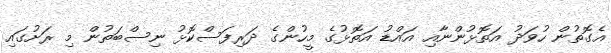
އެގޮތުން ހުވަދު އަތޮޅުންނާއި އައްޑު އަތޮޅުގެ މީހުންގެ ދަރިފަސްކޮޅު ނިސްބަތުން މި ރަށުގައި